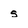
Character: s